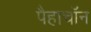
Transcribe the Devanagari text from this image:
पैहाचॉन